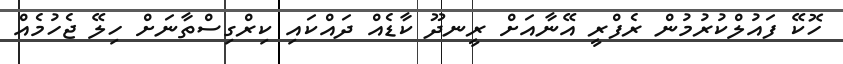
ހޮކޭ ފައުލްކުރުމުން ރެފްރީ އޭނާއަށް ރީނދޫ ކާޑެއް ދައްކައި ކިރްގިސްތާނަށް ހިލޭ ޖެހުމެއް